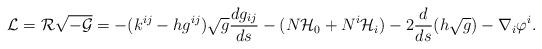
LaTeX: \begin{align*}{\cal L}={\cal R}\sqrt{{\cal-G}}= -(k^{ij}-hg^{ij})\sqrt{g}\frac{d g_{ij}}{ds}-(N {\cal H}_{0} + N^{i} {\cal H}_{i})- 2\frac{d}{ds}(h\sqrt{g})-\nabla_{i}\varphi^{i} .\end{align*}